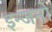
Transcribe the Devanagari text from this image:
इन्जनों